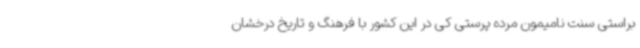
براستی سنت نامیمون مرده پرستی کی در این کشور با فرهنگ و تاریخ درخشان